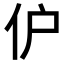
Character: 𬽬